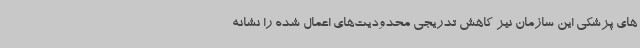
های پزشکی این سازمان نیز کاهش تدریجی محدودیت‌های اعمال شده را نشانه